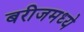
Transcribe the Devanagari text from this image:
बरीजमध्ये